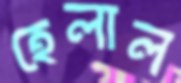
হেলাল